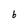
Character: 6